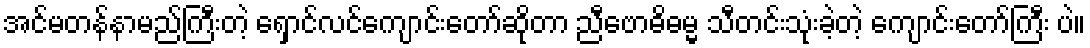
အင်မတန်နာမည်ကြီးတဲ့ ရှောင်လင်ကျောင်းတော်ဆိုတာ ညီဗောဓိဓမ္မ သီတင်းသုံးခဲ့တဲ့ ကျောင်းတော်ကြီး ပဲ။